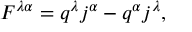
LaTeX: F ^ { \lambda \alpha } = q ^ { \lambda } j ^ { \alpha } - q ^ { \alpha } j ^ { \lambda } ,